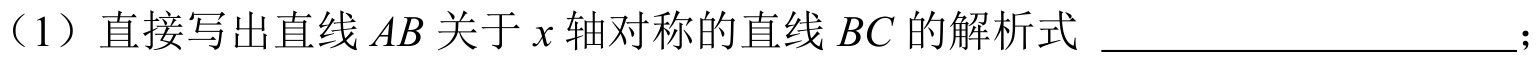
（1）直接写出直线\(AB\)关于\(x\)轴对称的直线\(BC\)的解析式 ____________________；